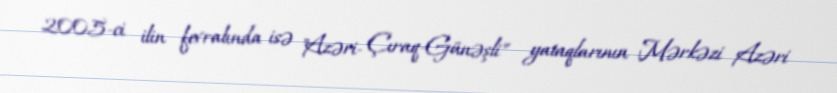
2005-ci ilin fevralında isə "Azəri- Çıraq-Günəşli" yataqlarının Mərkəzi Azəri